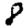
Digit: 8